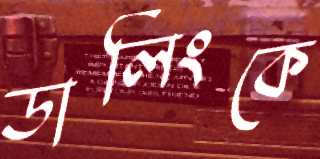
ডার্লিংকে